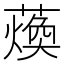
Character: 𮑴